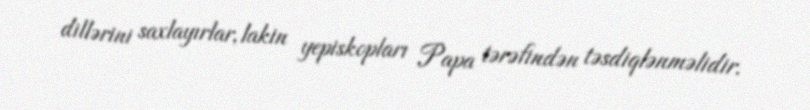
dillərini saxlayırlar, lakin yepiskopları Papa tərəfindən təsdiqlənməlidir.